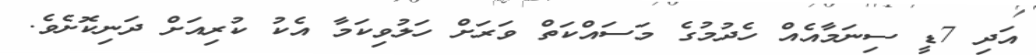
އަދި 7ޑީ ސިނަމާއެއް ހެދުމުގެ މަސައްކަތް ވަރަށް ހަލުވިކަމާ އެކު ކުރިއަށް ދަނިކޮށެވެ.